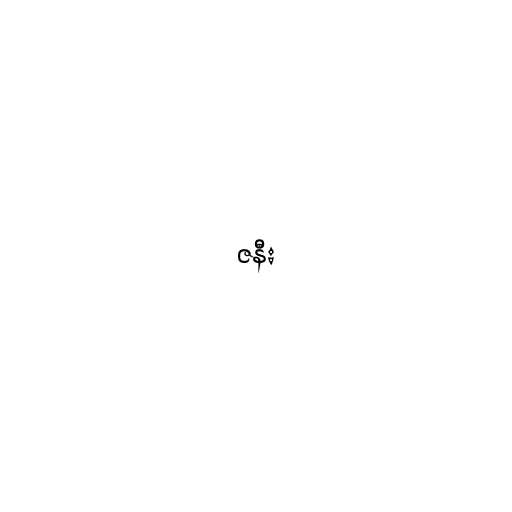
ဇနီး